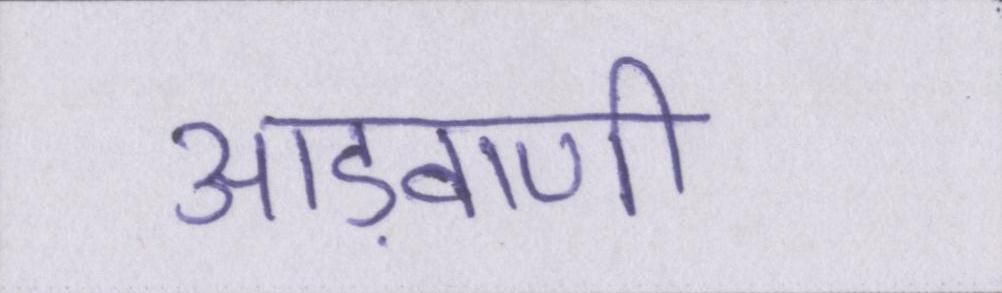
आड़वाणी